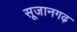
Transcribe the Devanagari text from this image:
सूजानगढ़